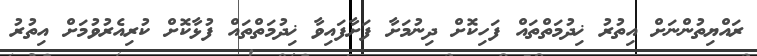
ރައްޔިތުންނަށް އިތުރު ޚިދުމަތްތައް ފަހިކޮށް ދިނުމަށާ ފަށާފައިވާ ޚިދުމަތްތައް ފުޅާކޮށް ކުރިއެރުވުމަށް އިތުރު